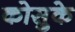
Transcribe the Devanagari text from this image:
कोसुके